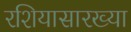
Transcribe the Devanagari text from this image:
रशियासारख्या